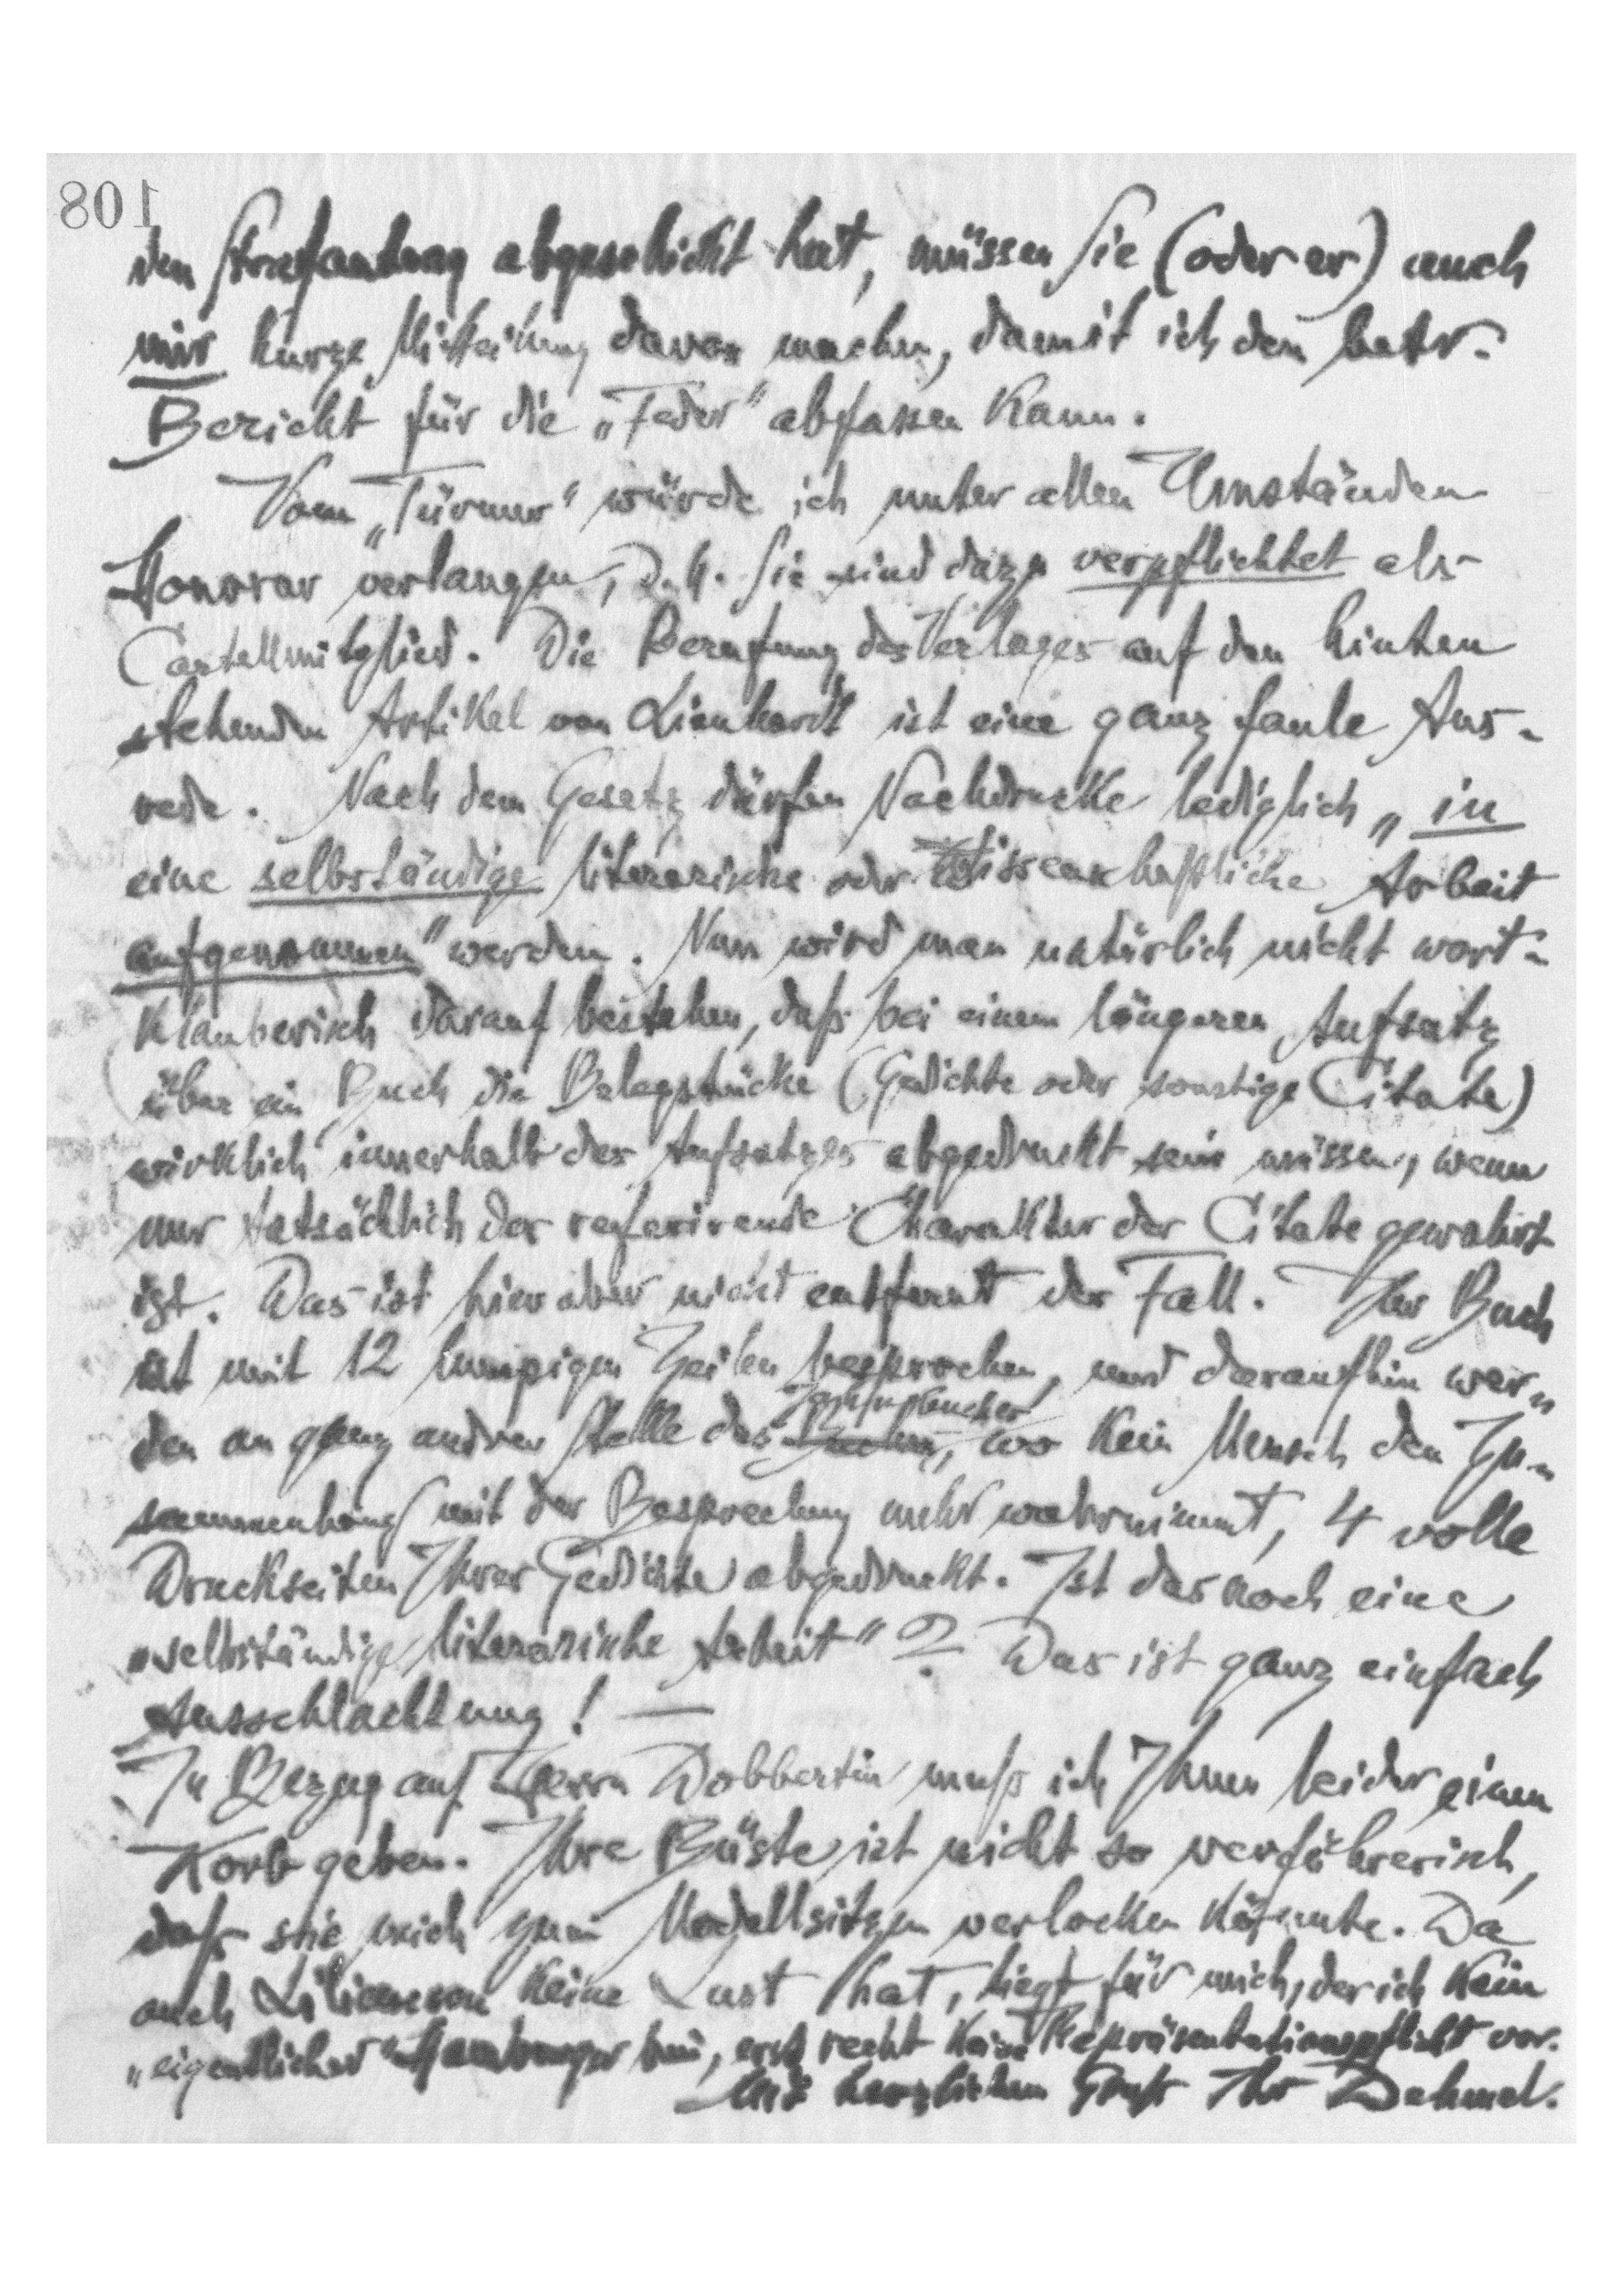
108
den Strafantrag abgeschickt hat, müssen Sie (oder er) auch
mir kurze Mitteilung davon machen, damit ich den betr.
Bericht für die "Feder" abfassen kann.
Vom "Türmer" würde ich unter allen Umständen
Honorar verlangen, d.h. Sie sind dazu verpflichtet als
Cartellmitglied. Die Berufung des Verlages auf den hinten
stehenden Artikel von Lienhardt ist eine ganz faule Aus-
rede. Nach dem Gesetz dürfen Nachdrucke lediglich "in
eine selbstständige literarische oder Wwissenschaftliche Arbeit
aufgenommen" werden. Nun wird man natürlich nicht wort-
klauberisch darauf bestehen, daß bei einem längeren Aufsatz
über ein Buch die Belegstücke (Gedichte oder sonstige Citate)
wirklich innerhalb des Aufsatzes abgedruckt sein müssen, wenn
nur tatsächlich der referirende Charakter der Citate gewahrt
ist. Das ist hier aber nicht entfernt der Fall. Ihr Buch
ist mit 12 lumpigen Zeilen besprochen, und daraufhin wer-
den an ganz andrer Stelle des Buches Jahrbuches, wo kein Mensch den Zu-
sammenhang mit der Besprechung mehr wahrnimmt, 4 volle
Druckseiten Ihrer Gedichte abgedruckt. Ist das noch eine
"selbstständige literarische Arbeit"? Das ist ganz einfach
Ausschlachtung!
In Bezug auf Herrn Dobbertin muß ich Ihnen leider einen
Korb geben. Ihr Büste ist nicht so verführerisch,
daß sie mich zum Modellsitzen verlocken könnte. Da
auch Liliencron keine Lust hat, liegt für mich, der ich kein
"eigentlicher" Hamburger bin, erst recht keine Repräsentationspflicht vor.
Mit herzlichem Gruß Ihr Dehmel.